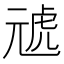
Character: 𭀪